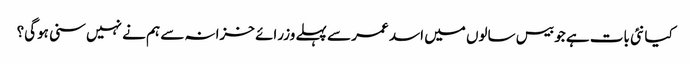
کیا نئی بات ہے جو بیس سالوں میں اسد عمر سے پہلے وزرائے خزانہ سے ہم نے نہیں سنی ہوگی؟